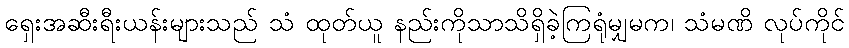
ရှေးအဆီးရီးယန်းများသည် သံ ထုတ်ယူ နည်းကိုသာသိရှိခဲ့ကြရုံမျှမက၊ သံမဏိ လုပ်ကိုင်